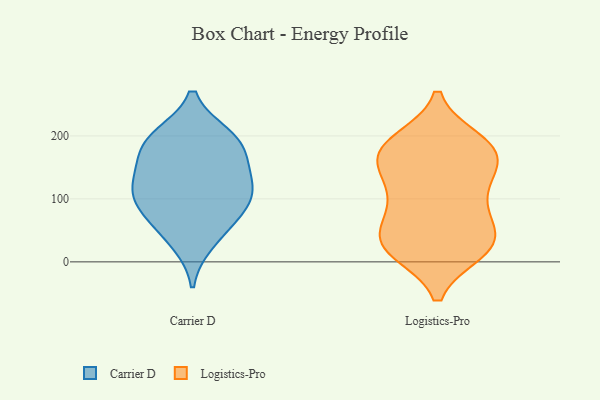
{"axis": {"x": "Headcount", "y": "Value"}, "legend": ["Carrier D", "Logistics-Pro"], "data": [{"x": "", "y": 191, "type": "Carrier D"}, {"x": "", "y": 130, "type": "Carrier D"}, {"x": "", "y": 94, "type": "Carrier D"}, {"x": "", "y": 144, "type": "Carrier D"}, {"x": "", "y": 82, "type": "Carrier D"}, {"x": "", "y": 59, "type": "Carrier D"}, {"x": "", "y": 105, "type": "Carrier D"}, {"x": "", "y": 172, "type": "Carrier D"}, {"x": "", "y": 199, "type": "Carrier D"}, {"x": "", "y": 31, "type": "Carrier D"}, {"x": "", "y": 118, "type": "Carrier D"}, {"x": "", "y": 195, "type": "Carrier D"}, {"x": "", "y": 81, "type": "Logistics-Pro"}, {"x": "", "y": 122, "type": "Logistics-Pro"}, {"x": "", "y": 28, "type": "Logistics-Pro"}, {"x": "", "y": 178, "type": "Logistics-Pro"}, {"x": "", "y": 17, "type": "Logistics-Pro"}, {"x": "", "y": 83, "type": "Logistics-Pro"}, {"x": "", "y": 39, "type": "Logistics-Pro"}, {"x": "", "y": 19, "type": "Logistics-Pro"}, {"x": "", "y": 173, "type": "Logistics-Pro"}, {"x": "", "y": 27, "type": "Logistics-Pro"}, {"x": "", "y": 192, "type": "Logistics-Pro"}, {"x": "", "y": 24, "type": "Logistics-Pro"}, {"x": "", "y": 148, "type": "Logistics-Pro"}, {"x": "", "y": 141, "type": "Logistics-Pro"}, {"x": "", "y": 107, "type": "Logistics-Pro"}, {"x": "", "y": 174, "type": "Logistics-Pro"}, {"x": "", "y": 189, "type": "Logistics-Pro"}, {"x": "", "y": 175, "type": "Logistics-Pro"}, {"x": "", "y": 51, "type": "Logistics-Pro"}]}